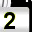
Digit: 2